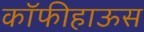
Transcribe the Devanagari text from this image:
कॉफीहाऊस